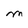
Character: M